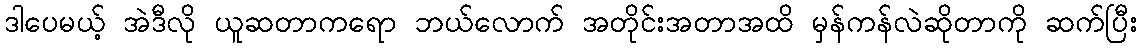
ဒါပေမယ့် အဲဒီလို ယူဆတာကရော ဘယ်လောက် အတိုင်းအတာအထိ မှန်ကန်လဲဆိုတာကို ဆက်ပြီး